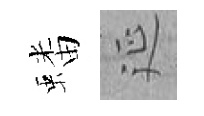
蟠延